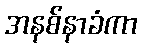
အနစ်နာခံကာ